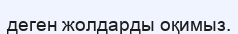
деген жолдарды оқимыз.